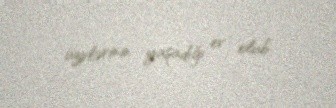
üzvlərinin yaşadığı ev olub.